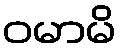
ဝမာမိ